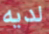
لديه